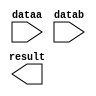
// megafunction wizard: %LPM_MULT%VBB%
// GENERATION: STANDARD
// VERSION: WM1.0
// MODULE: lpm_mult 

// ============================================================
// Megafunction Name(s):
// 			lpm_mult
//
// Simulation Library Files(s):
// 			lpm
// ============================================================
// ************************************************************
// THIS IS A WIZARD-GENERATED FILE. DO NOT EDIT THIS FILE!
//
// 16.1.2 Build 203 01/18/2017 SJ Standard Edition
// ************************************************************

//Copyright (C) 2017  Intel Corporation. All rights reserved.
//Your use of Intel Corporation's design tools, logic functions 
//and other software and tools, and its AMPP partner logic 
//functions, and any output files from any of the foregoing 
//(including device programming or simulation files), and any 
//associated documentation or information are expressly subject 
//to the terms and conditions of the Intel Program License 
//Subscription Agreement, the Intel Quartus Prime License Agreement,
//the Intel MegaCore Function License Agreement, or other 
//applicable license agreement, including, without limitation, 
//that your use is for the sole purpose of programming logic 
//devices manufactured by Intel and sold by Intel or its 
//authorized distributors.  Please refer to the applicable 
//agreement for further details.

module filter_out_mult (
	dataa,
	datab,
	result);

	input	[15:0]  dataa;
	input	[15:0]  datab;
	output	[31:0]  result;

endmodule

// ============================================================
// CNX file retrieval info
// ============================================================
// Retrieval info: PRIVATE: AutoSizeResult NUMERIC "1"
// Retrieval info: PRIVATE: B_isConstant NUMERIC "0"
// Retrieval info: PRIVATE: ConstantB NUMERIC "0"
// Retrieval info: PRIVATE: INTENDED_DEVICE_FAMILY STRING "Cyclone V"
// Retrieval info: PRIVATE: LPM_PIPELINE NUMERIC "0"
// Retrieval info: PRIVATE: Latency NUMERIC "0"
// Retrieval info: PRIVATE: SYNTH_WRAPPER_GEN_POSTFIX STRING "1"
// Retrieval info: PRIVATE: SignedMult NUMERIC "0"
// Retrieval info: PRIVATE: USE_MULT NUMERIC "1"
// Retrieval info: PRIVATE: ValidConstant NUMERIC "0"
// Retrieval info: PRIVATE: WidthA NUMERIC "16"
// Retrieval info: PRIVATE: WidthB NUMERIC "16"
// Retrieval info: PRIVATE: WidthP NUMERIC "32"
// Retrieval info: PRIVATE: aclr NUMERIC "0"
// Retrieval info: PRIVATE: clken NUMERIC "0"
// Retrieval info: PRIVATE: new_diagram STRING "1"
// Retrieval info: PRIVATE: optimize NUMERIC "1"
// Retrieval info: LIBRARY: lpm lpm.lpm_components.all
// Retrieval info: CONSTANT: LPM_HINT STRING "MAXIMIZE_SPEED=9"
// Retrieval info: CONSTANT: LPM_REPRESENTATION STRING "UNSIGNED"
// Retrieval info: CONSTANT: LPM_TYPE STRING "LPM_MULT"
// Retrieval info: CONSTANT: LPM_WIDTHA NUMERIC "16"
// Retrieval info: CONSTANT: LPM_WIDTHB NUMERIC "16"
// Retrieval info: CONSTANT: LPM_WIDTHP NUMERIC "32"
// Retrieval info: USED_PORT: dataa 0 0 16 0 INPUT NODEFVAL "dataa[15..0]"
// Retrieval info: USED_PORT: datab 0 0 16 0 INPUT NODEFVAL "datab[15..0]"
// Retrieval info: USED_PORT: result 0 0 32 0 OUTPUT NODEFVAL "result[31..0]"
// Retrieval info: CONNECT: @dataa 0 0 16 0 dataa 0 0 16 0
// Retrieval info: CONNECT: @datab 0 0 16 0 datab 0 0 16 0
// Retrieval info: CONNECT: result 0 0 32 0 @result 0 0 32 0
// Retrieval info: GEN_FILE: TYPE_NORMAL filter_out_mult.v TRUE
// Retrieval info: GEN_FILE: TYPE_NORMAL filter_out_mult.inc TRUE
// Retrieval info: GEN_FILE: TYPE_NORMAL filter_out_mult.cmp TRUE
// Retrieval info: GEN_FILE: TYPE_NORMAL filter_out_mult.bsf TRUE
// Retrieval info: GEN_FILE: TYPE_NORMAL filter_out_mult_inst.v TRUE
// Retrieval info: GEN_FILE: TYPE_NORMAL filter_out_mult_bb.v TRUE
// Retrieval info: GEN_FILE: TYPE_NORMAL filter_out_mult_syn.v TRUE
// Retrieval info: LIB_FILE: lpm